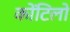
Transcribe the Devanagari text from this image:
कोंटिलो